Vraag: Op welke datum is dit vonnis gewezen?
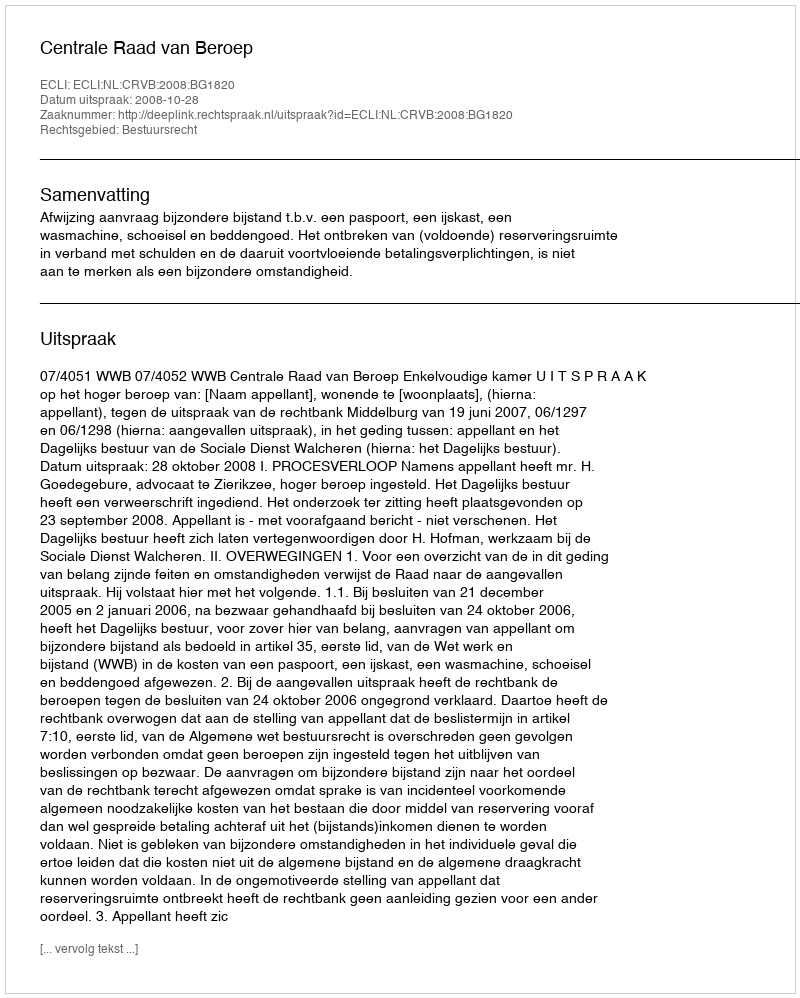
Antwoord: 2008-10-28